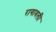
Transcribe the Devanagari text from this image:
रागावली